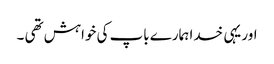
اور یہی خدا ہمارے باپ کی خواہش تھی ۔